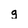
Character: g